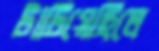
টাটিয়েছিলে